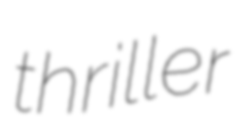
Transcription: thriller